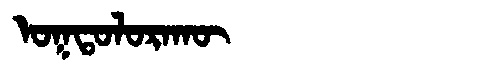
Manchu: ᠣᡴᡨᠣᠯᠣᡵᠠᡴᡡ
Romanization: OKTOLORAKŪ